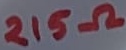
Text: 215Ω